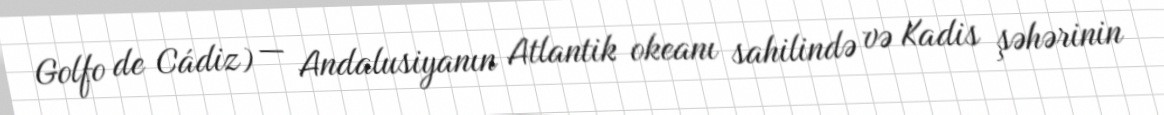
Golfo de Cádiz) — Andalusiyanın Atlantik okeanı sahilində və Kadis şəhərinin